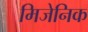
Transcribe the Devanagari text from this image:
मिजेनिक